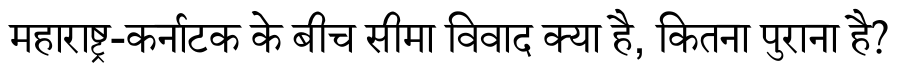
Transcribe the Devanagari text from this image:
महाराष्ट्र-कर्नाटक के बीच सीमा विवाद क्या है, कितना पुराना है?